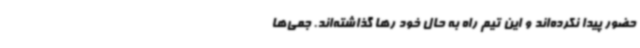
حضور پیدا نکرده‌اند و این تیم راه به حال خود رها گذاشته‌اند. جمی‌ها